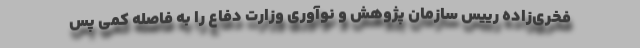
فخری‌زاده رییس سازمان پژوهش و نوآوری وزارت دفاع را به فاصله کمی پس